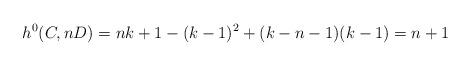
LaTeX: \begin{align*} h^0(C,nD) = nk+1-(k-1)^2+(k-n-1)(k-1) = n+1\end{align*}